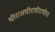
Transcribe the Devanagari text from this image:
धीराअधीराधीराधीरा